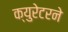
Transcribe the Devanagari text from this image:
क्युरेटरने